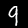
Label: 9